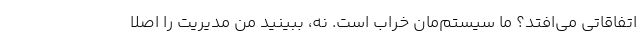
اتفاقاتی می‌افتد؟ ما سیستم‌مان خراب است. نه، ببینید من مدیریت را اصلا